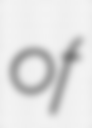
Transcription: of